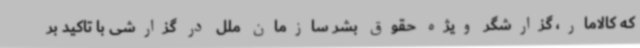
که کالامار، گزارشگر ویژه حقوق بشر سازمان ملل در گزارشی با تاکید بر